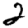
Digit: 2